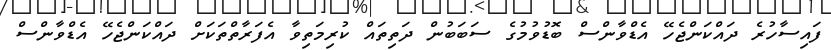
ފައިސާހުރެ ދައްކަންޖެހޭ އެޑްވާންސް ބޮޑުވުމުގެ ސަބަބުން ދަތިތައް ކުރިމަތިވާ އެފަރާތްތަކަށް ދައްކަންޖެހޭ އެޑްވާންސް